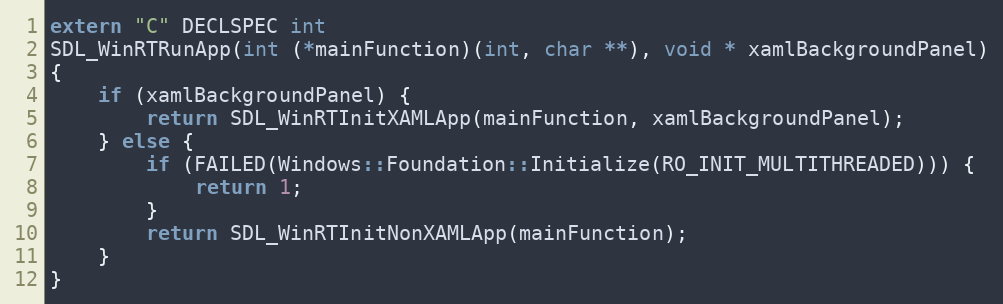
Language: C++
extern "C" DECLSPEC int
SDL_WinRTRunApp(int (*mainFunction)(int, char **), void * xamlBackgroundPanel)
{
    if (xamlBackgroundPanel) {
        return SDL_WinRTInitXAMLApp(mainFunction, xamlBackgroundPanel);
    } else {
        if (FAILED(Windows::Foundation::Initialize(RO_INIT_MULTITHREADED))) {
            return 1;
        }
        return SDL_WinRTInitNonXAMLApp(mainFunction);
    }
}